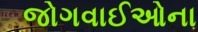
જોગવાઈઓના